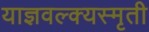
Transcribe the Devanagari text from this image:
याज्ञवल्क्यस्मृती